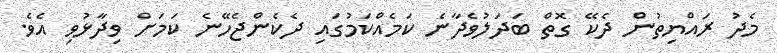
މެދު ރައްޔިތުން ދެކޭ ގޮތް ބަދަލުވެދާނެ ކަމެއްކަމުގައި ދެކެންޖެހޭނެ ކަމަށް ވިދާޅުވި އެވެ.